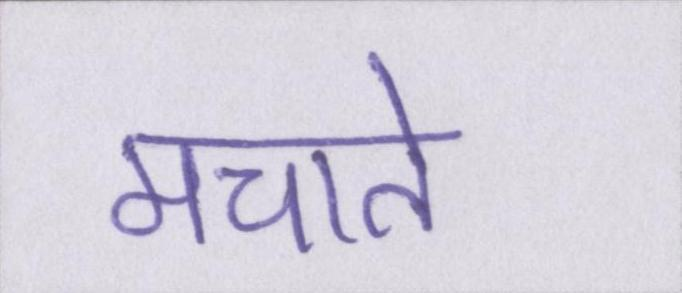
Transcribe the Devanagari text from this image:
मचाते